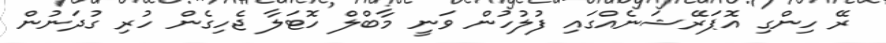
ރޭ ހިންގި އޮޕަރޭޝަނެއްގައި ފުލުހުން ވަނީ މާބްލް ހޮޓަލާ ޖެހިގެން ހުރި ގުދަނުން